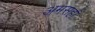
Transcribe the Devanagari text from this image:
अमसहाँ